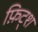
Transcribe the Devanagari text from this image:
फ़िट्श